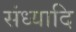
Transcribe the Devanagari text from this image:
संध्यादि